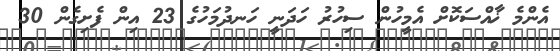
އެންމެ ޚާއްސަކޮށް އެމީހުން ސިހުރު ހަދަނީ ހަނދުމަހުގެ 23 އިން ފެށިގެން 30